65_HS1-834228961_62-HQ-83894_Section_1
Agency: FBI
Page 93
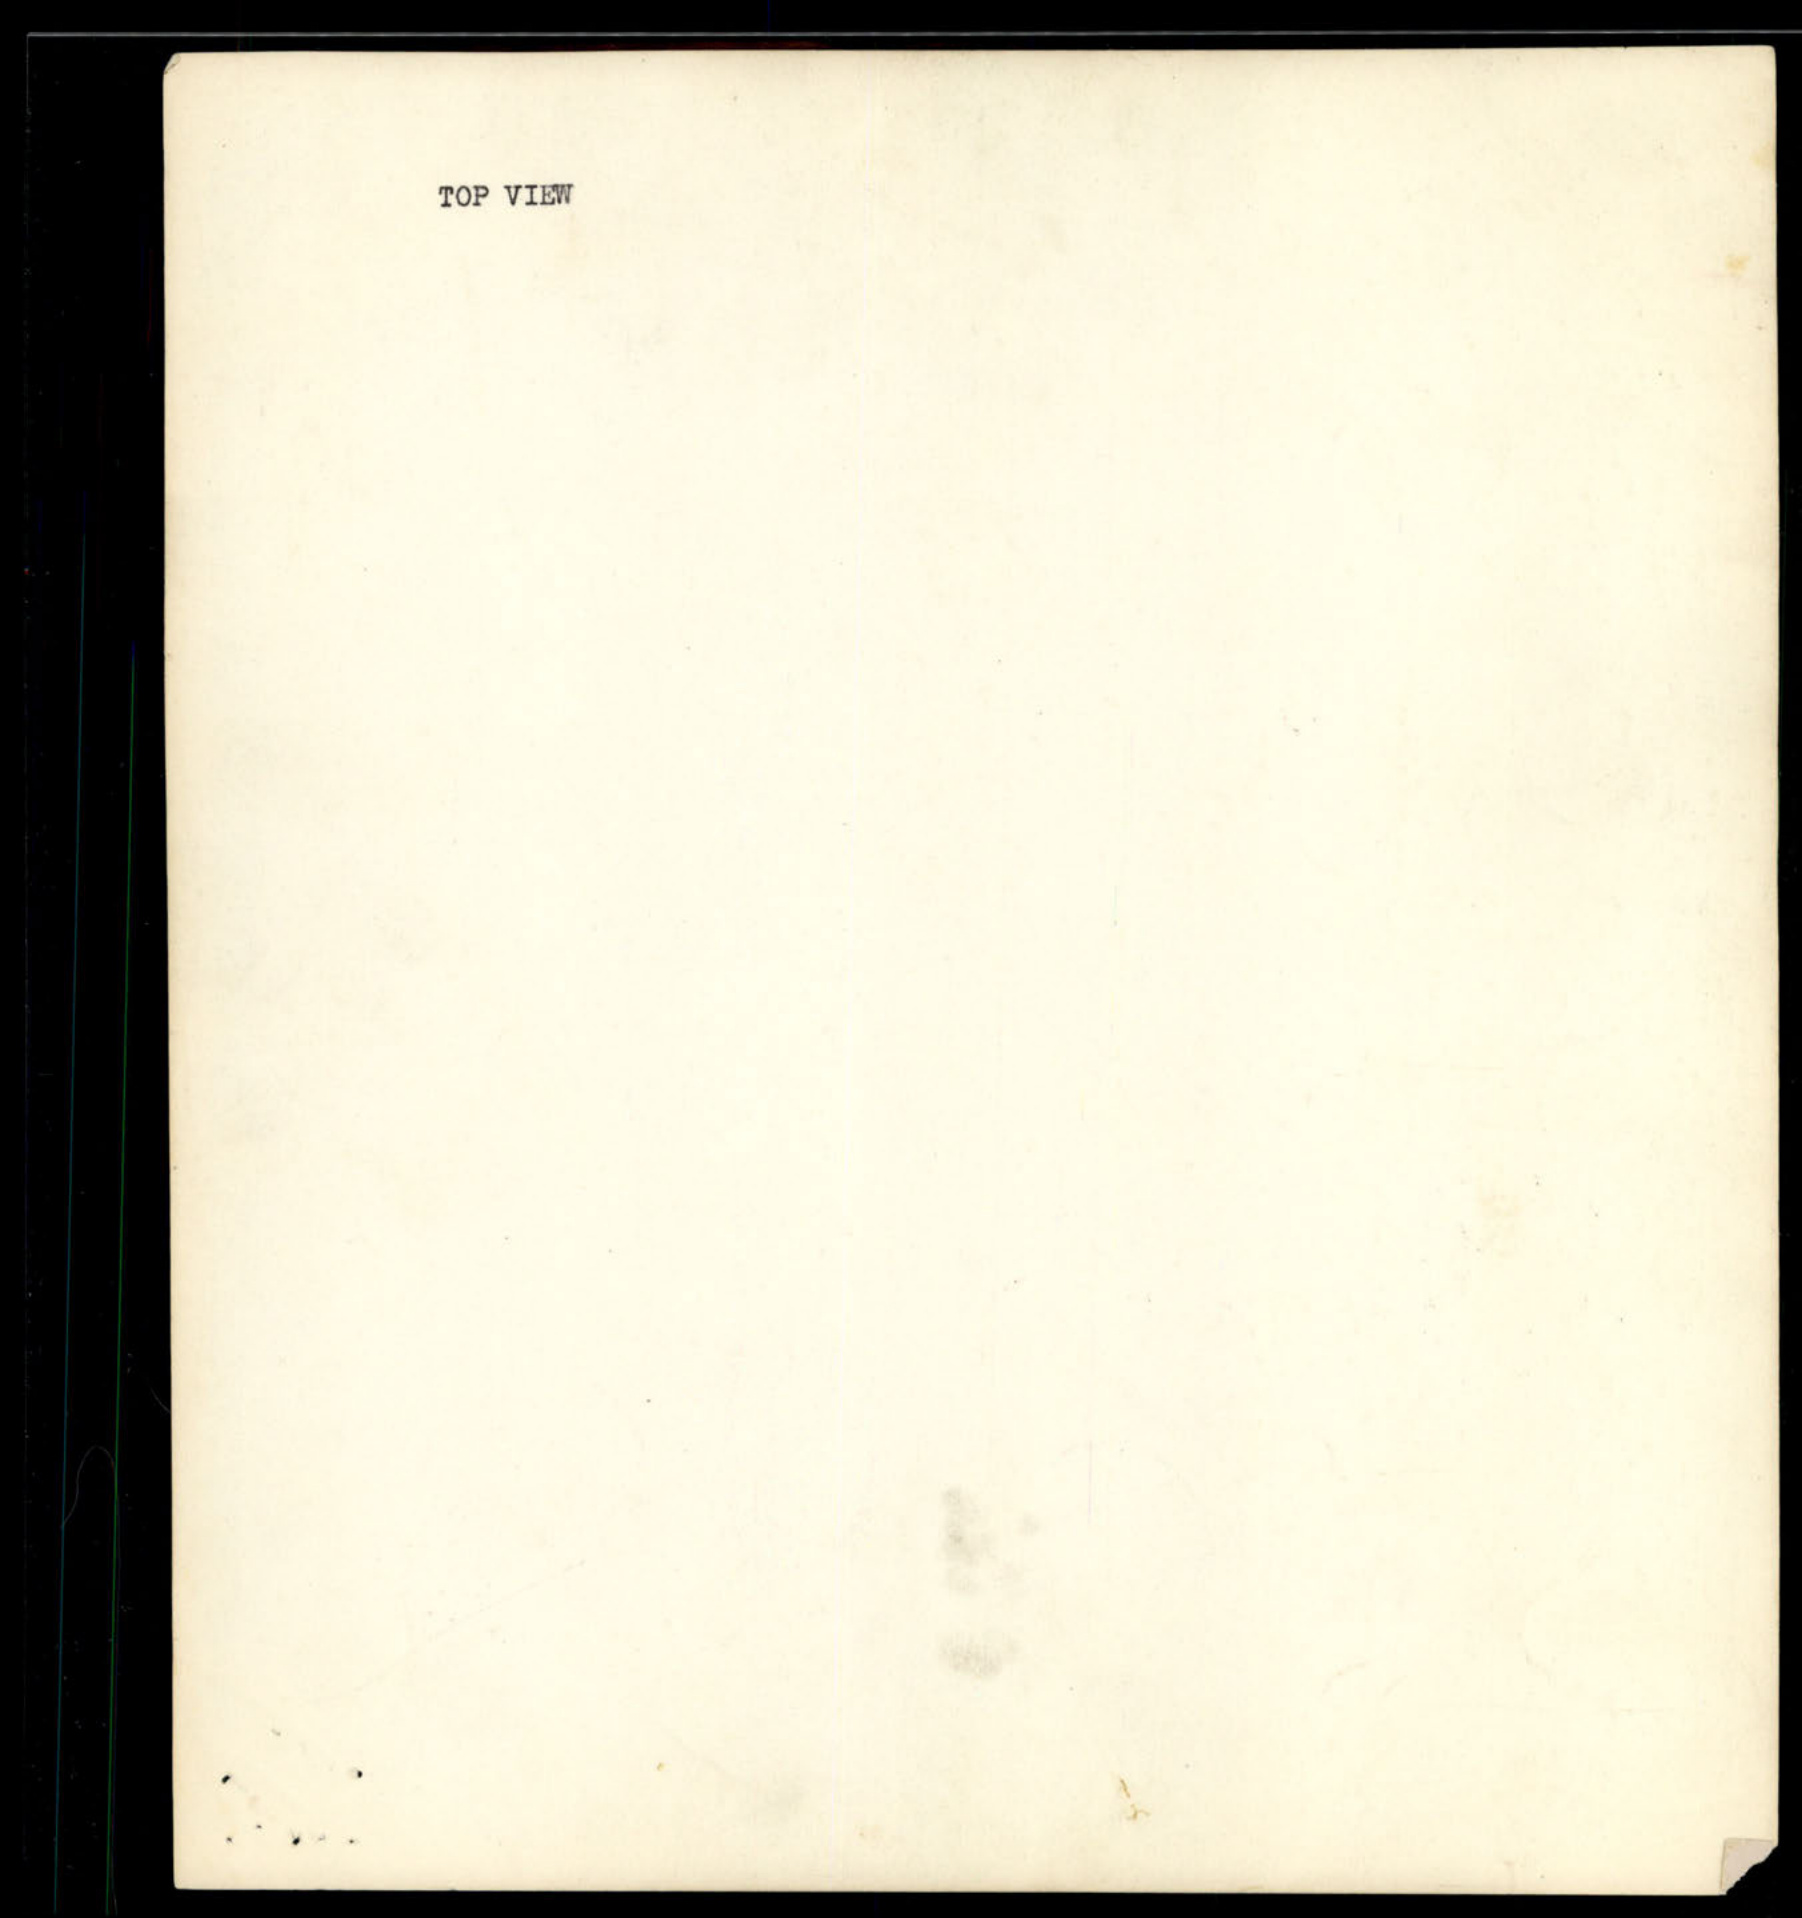